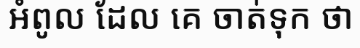
អំពូល ដែល គេ ចាត់ទុក ថា